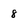
Character: 8